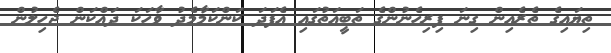
ތިޔައިގެ ތެރެއިން ގިނަ ފިރިހެނުންގެ ތަބީއަތުގައި އެފަދަ ކަންކަމާމެދު ވާހަކަ ދައްކަން ޖެހިލުން